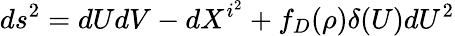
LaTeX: ds^{2}=dUdV-dX^{i^{2}}+f_{D}(\rho)\delta(U)dU^{2}